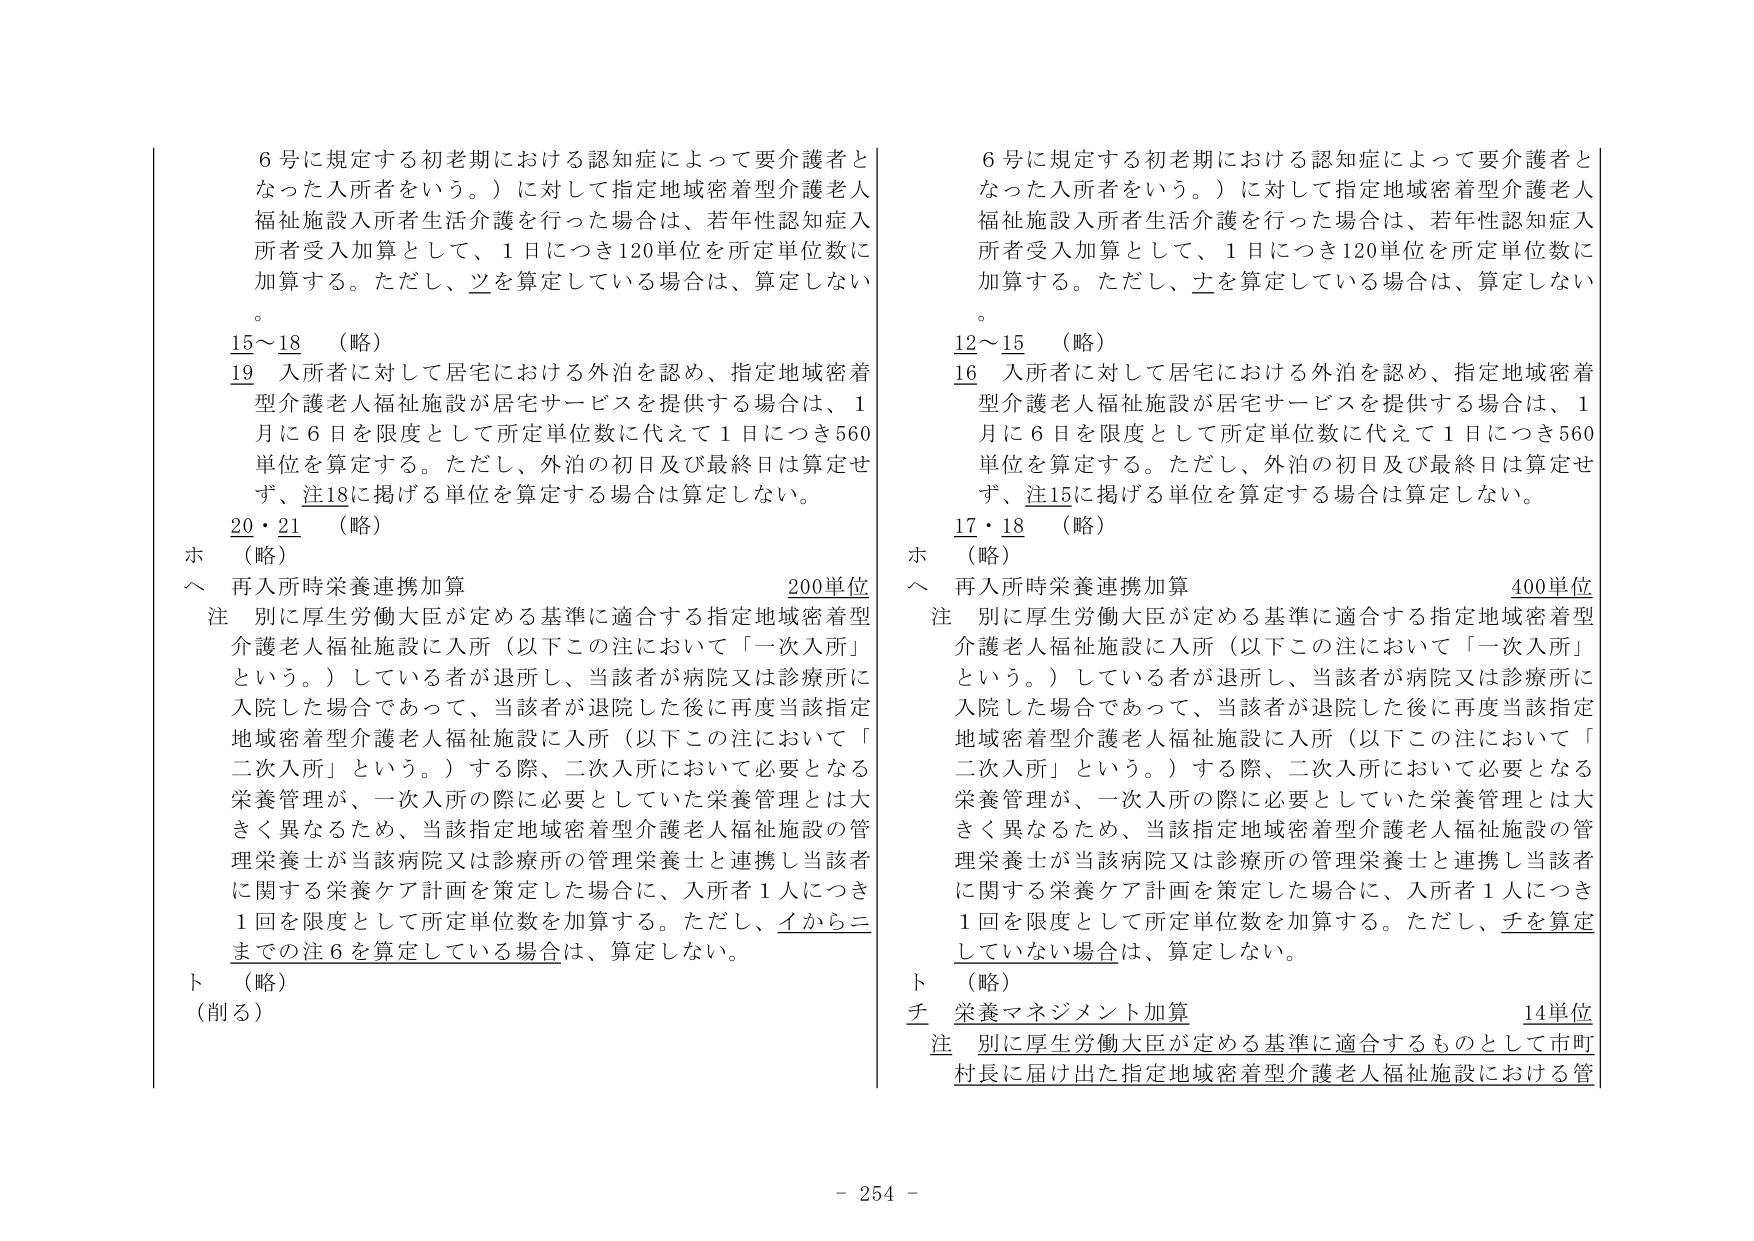
6号に規定する初老期における認知症によって要介護者となった入所者をいう。）に対して指定地域密着型介護老人福祉施設入所者生活介護を行った場合は、若年性認知症入所者受入加算として、1日につき120単位を所定単位数に加算する。ただし、ツを算定している場合は、算定しない。

15～18 （略）

19 入所者に対して居宅における外泊を認め、指定地域密着型介護老人福祉施設が居宅サービスを提供する場合は、1月に6日を限度として所定単位数に代えて1日につき560単位を算定する。ただし、外泊の初日及び最終日は算定せず、注18に掲げる単位を算定する場合は算定しない。

20・21 （略）

ホ （略）

ヘ 再入所時栄養連携加算 200単位

注 別に厚生労働大臣が定める基準に適合する指定地域密着型介護老人福祉施設に入所（以下この注において「一次入所」という。）している者が退所し、当該者が病院又は診療所に入院した場合であって、当該者が退院した後に再度当該指定地域密着型介護老人福祉施設に入所（以下この注において「二次入所」という。）する際、二次入所において必要となる栄養管理が、一次入所の際に必要としていた栄養管理とは大きく異なるため、当該指定地域密着型介護老人福祉施設の管理栄養士が当該病院又は診療所の管理栄養士と連携し当該者に関する栄養ケア計画を策定した場合に、入所者1人につき1回を限度として所定単位数を加算する。ただし、イからニまでの注6を算定している場合は、算定しない。

ト （略）

（削る）

6号に規定する初老期における認知症によって要介護者となった入所者をいう。）に対して指定地域密着型介護老人福祉施設入所者生活介護を行った場合は、若年性認知症入所者受入加算として、1日につき120単位を所定単位数に加算する。ただし、ナを算定している場合は、算定しない。

12～15 （略）

16 入所者に対して居宅における外泊を認め、指定地域密着型介護老人福祉施設が居宅サービスを提供する場合は、1月に6日を限度として所定単位数に代えて1日につき560単位を算定する。ただし、外泊の初日及び最終日は算定せず、注15に掲げる単位を算定する場合は算定しない。

17・18 （略）

ホ （略）

ヘ 再入所時栄養連携加算 400単位

注 別に厚生労働大臣が定める基準に適合する指定地域密着型介護老人福祉施設に入所（以下この注において「一次入所」という。）している者が退所し、当該者が病院又は診療所に入院した場合であって、当該者が退院した後に再度当該指定地域密着型介護老人福祉施設に入所（以下この注において「二次入所」という。）する際、二次入所において必要となる栄養管理が、一次入所の際に必要としていた栄養管理とは大きく異なるため、当該指定地域密着型介護老人福祉施設の管理栄養士が当該病院又は診療所の管理栄養士と連携し当該者に関する栄養ケア計画を策定した場合に、入所者1人につき1回を限度として所定単位数を加算する。ただし、チを算定していない場合は、算定しない。

ト （略）

チ 栄養マネジメント加算 14単位

注 別に厚生労働大臣が定める基準に適合するものとして市町村長に届け出た指定地域密着型介護老人福祉施設における管

- 254 -